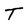
Character: T